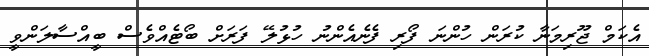
އެކަމް ޖޫރިމަނާ ކުރަން ހުންނަ ފޯރި ފެނެއެންނު ހުޅުލޭ ފަރަށް ބޯޓެއްވެސް ބީއްސާލަންވީ